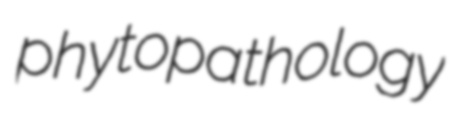
phytopathology